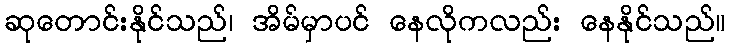
ဆုတောင်းနိုင်သည်၊ အိမ်မှာပင် နေလိုကလည်း နေနိုင်သည်။